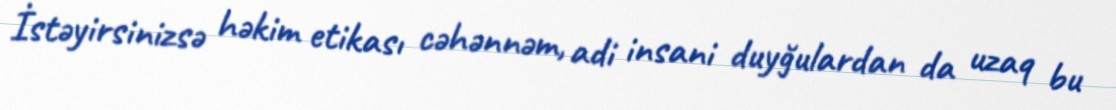
İstəyirsinizsə həkim etikası cəhənnəm, adi insani duyğulardan da uzaq bu